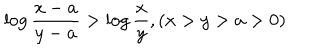
LaTeX: \log \frac { x - a } { y - a } > \log \frac { x } { y } , ( x > y > a > 0 )